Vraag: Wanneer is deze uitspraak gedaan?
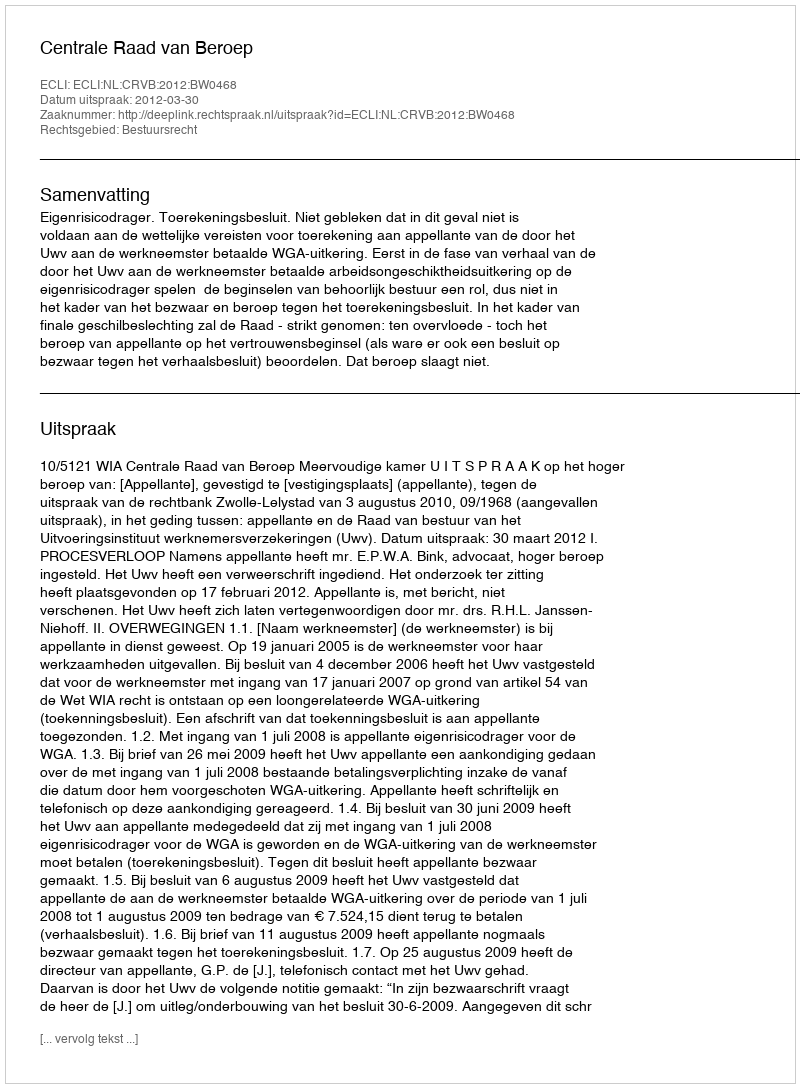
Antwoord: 2012-03-30